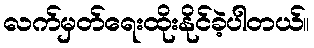
လက်မှတ်ရေးထိုးနိုင်ခဲ့ပါတယ်။